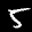
Label: 5